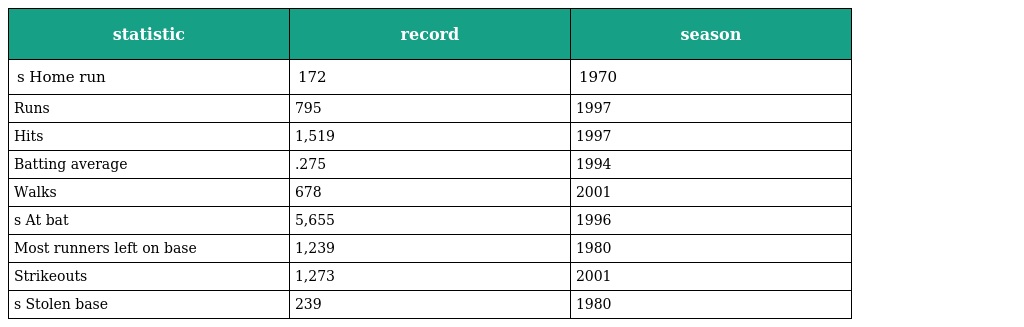
| statistic | record | season |
 | --- | --- | --- |
 | s Home run | 172 | 1970 |
 | Runs | 795 | 1997 |
 | Hits | 1,519 | 1997 |
 | Batting average | .275 | 1994 |
 | Walks | 678 | 2001 |
 | s At bat | 5,655 | 1996 |
 | Most runners left on base | 1,239 | 1980 |
 | Strikeouts | 1,273 | 2001 |
 | s Stolen base | 239 | 1980 |